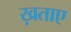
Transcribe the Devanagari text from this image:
ख़ताए